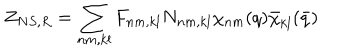
LaTeX: Z _ { N S , R } = \sum _ { n m , k l } F _ { n m , k l } N _ { n m , k l } \chi _ { n m } ( q ) \bar { \chi } _ { k l } ( \bar { q } )